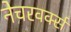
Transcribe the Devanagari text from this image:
नेचरवर्क्स